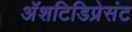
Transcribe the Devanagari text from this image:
अॅशटिडिप्रेसंट